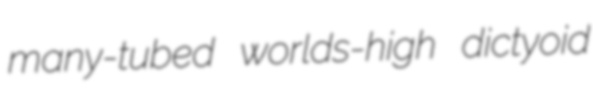
many-tubed worlds-high dictyoid